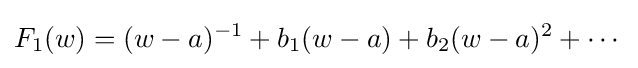
F_{1}(w)=(w-a)^{-1}+b_{1}(w-a)+b_{2}(w-a)^{2}+\cdots